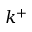
k ^ { + }